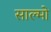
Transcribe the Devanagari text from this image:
साल्मो